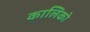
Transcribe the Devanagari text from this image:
कालिको